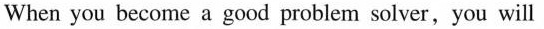
When you become a good problem solver,you will